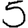
Digit: 5